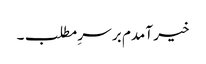
خیر آمدم بر سرِ مطلب۔